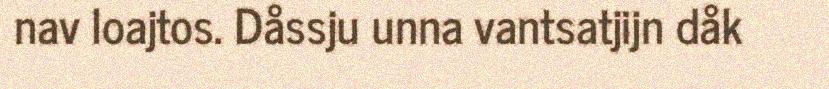
nav loajtos. Dåssju unna vantsatjijn dåk